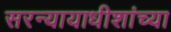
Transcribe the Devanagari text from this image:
सरन्यायाधीशांच्या